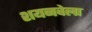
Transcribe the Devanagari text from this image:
शयनवेला